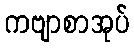
ကဗျာစာအုပ်